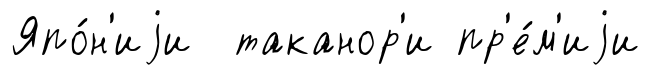
Япо́н'иjи таканор'и пр'е́м'иjи